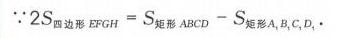
\(\because 2S_{四边形EFGH}=S_{矩形ABCD}-S_{梯形A,B,C,D}\)